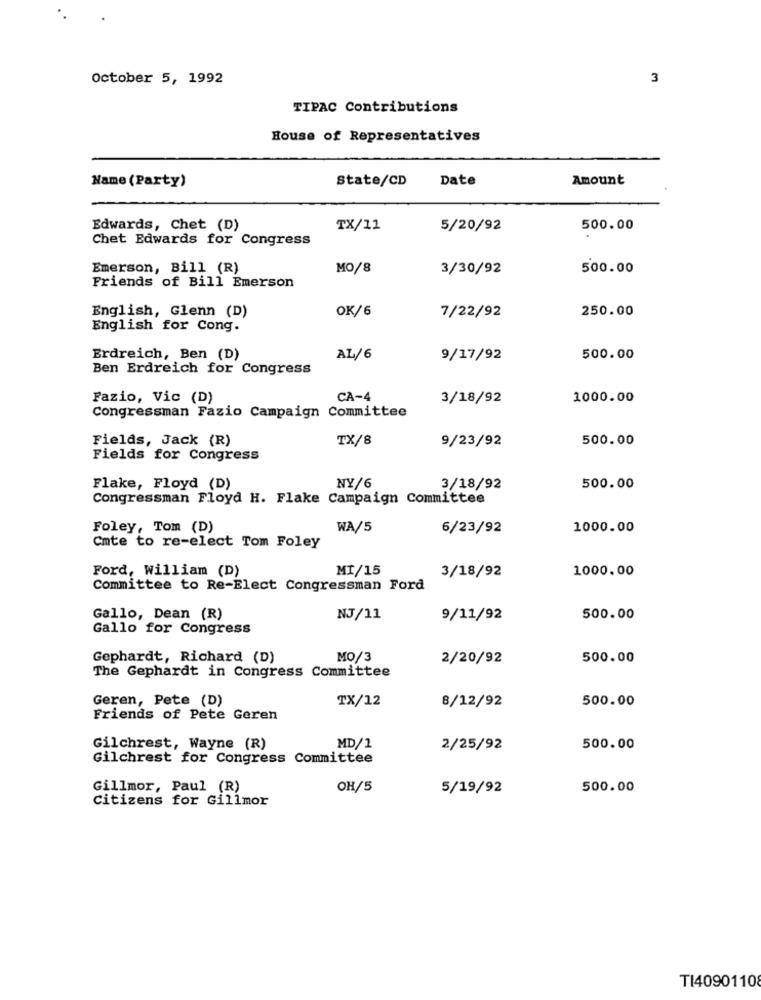
October 5, 1992
3
TIPAC Contributions
House of Representatives
Name (Party)
State/CD
Date
Amount
Edwards, Chet (D)
TX/11
5/20/92
500.00
Chet Edwards for Congress
Emerson, Bill (R)
MO/8
3/30/92
500.00
Friends of Bill Emerson
English, Glenn (D)
OK/6
250.00
7/22/92
English for Cong.
Erdreich, Ben (D)
AL/6
9/17/92
500.00
Ben Erdreich for Congress
Fazio, Vic (D)
CA-4
3/18/92
1000.00
Congressman Fazio Campaign Committee
Fields, Jack (R)
TX/8
9/23/92
500.00
Fields for Congress
Flake, Floyd (D)
NY/6
3/18/92
500.00
Congressman Floyd H. Flake Campaign Committee
Foley, Tom (D)
WA/5
6/23/92
1000.00
Cmte to re-elect Tom Foley
Ford, William (D)
MI/15
1000.00
3/18/92
Committee to Re-Elect Congressman Ford
Gallo, Dean (R)
NJ/11
9/11/92
500.00
Gallo for Congress
Gephardt, Richard (D)
MO/3
2/20/92
500.00
The Gephardt in Congress Committee
Geren, Pete (D)
TX/12
8/12/92
500.00
Friends of Pete Geren
Gilchrest, Wayne (R)
MD/1
2/25/92
500.00
Gilchrest for Congress Committee
Gillmor, Paul (R)
OH/5
5/19/92
500.00
Citizens for Gillmor
TI40901108